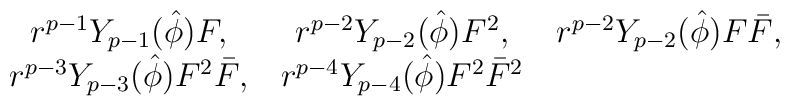
\matrix{r^{p-1}Y_{p-1}(\hat\phi)F,& r^{p-2}Y_{p-2}(\hat\phi)F^2,&r^{p-2}Y_{p-2}(\hat\phi)F\bar F, \cr r^{p-3}Y_{p-3}(\hat\phi)F^2\bar F,&r^{p-4}Y_{p-4}(\hat\phi)F^2\bar F^2& \cr}